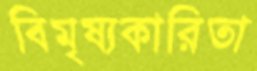
বিমৃষ্যকারিতা